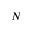
N